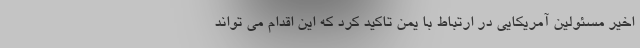
اخیر مسئولین آمریکایی در ارتباط با یمن تاکید کرد که این اقدام می تواند